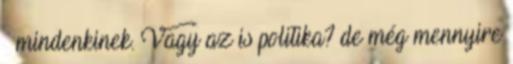
– mindenkinek. Vagy az is politika? de még mennyire